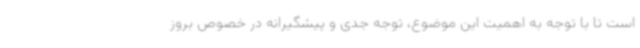
است تا با توجه به اهمیت این‌ موضوع، توجه جدی و پیشگیرانه در خصوص بروز